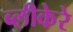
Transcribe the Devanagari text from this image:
ब्लीकेरे